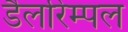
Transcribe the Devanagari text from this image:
डैलरिम्पल